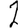
Digit: 2